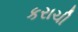
કરાચી